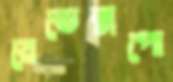
মেডেক্সপো